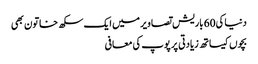
دنیا کی 60 باریش تصاویر میں ایک سکھ خاتون بھی
بچوں کیساتھ زیادتی پر پوپ کی معافی